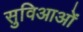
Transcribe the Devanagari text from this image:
सुविआओं